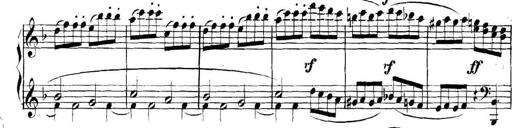
Title: Collected Piano Sonatas
Composer: Muzio Clementi